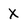
Character: X